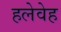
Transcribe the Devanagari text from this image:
हलेवेह